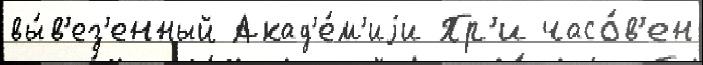
вы́в'ез'енный Акад'е́м'иjи Пр'и часо́в'ен